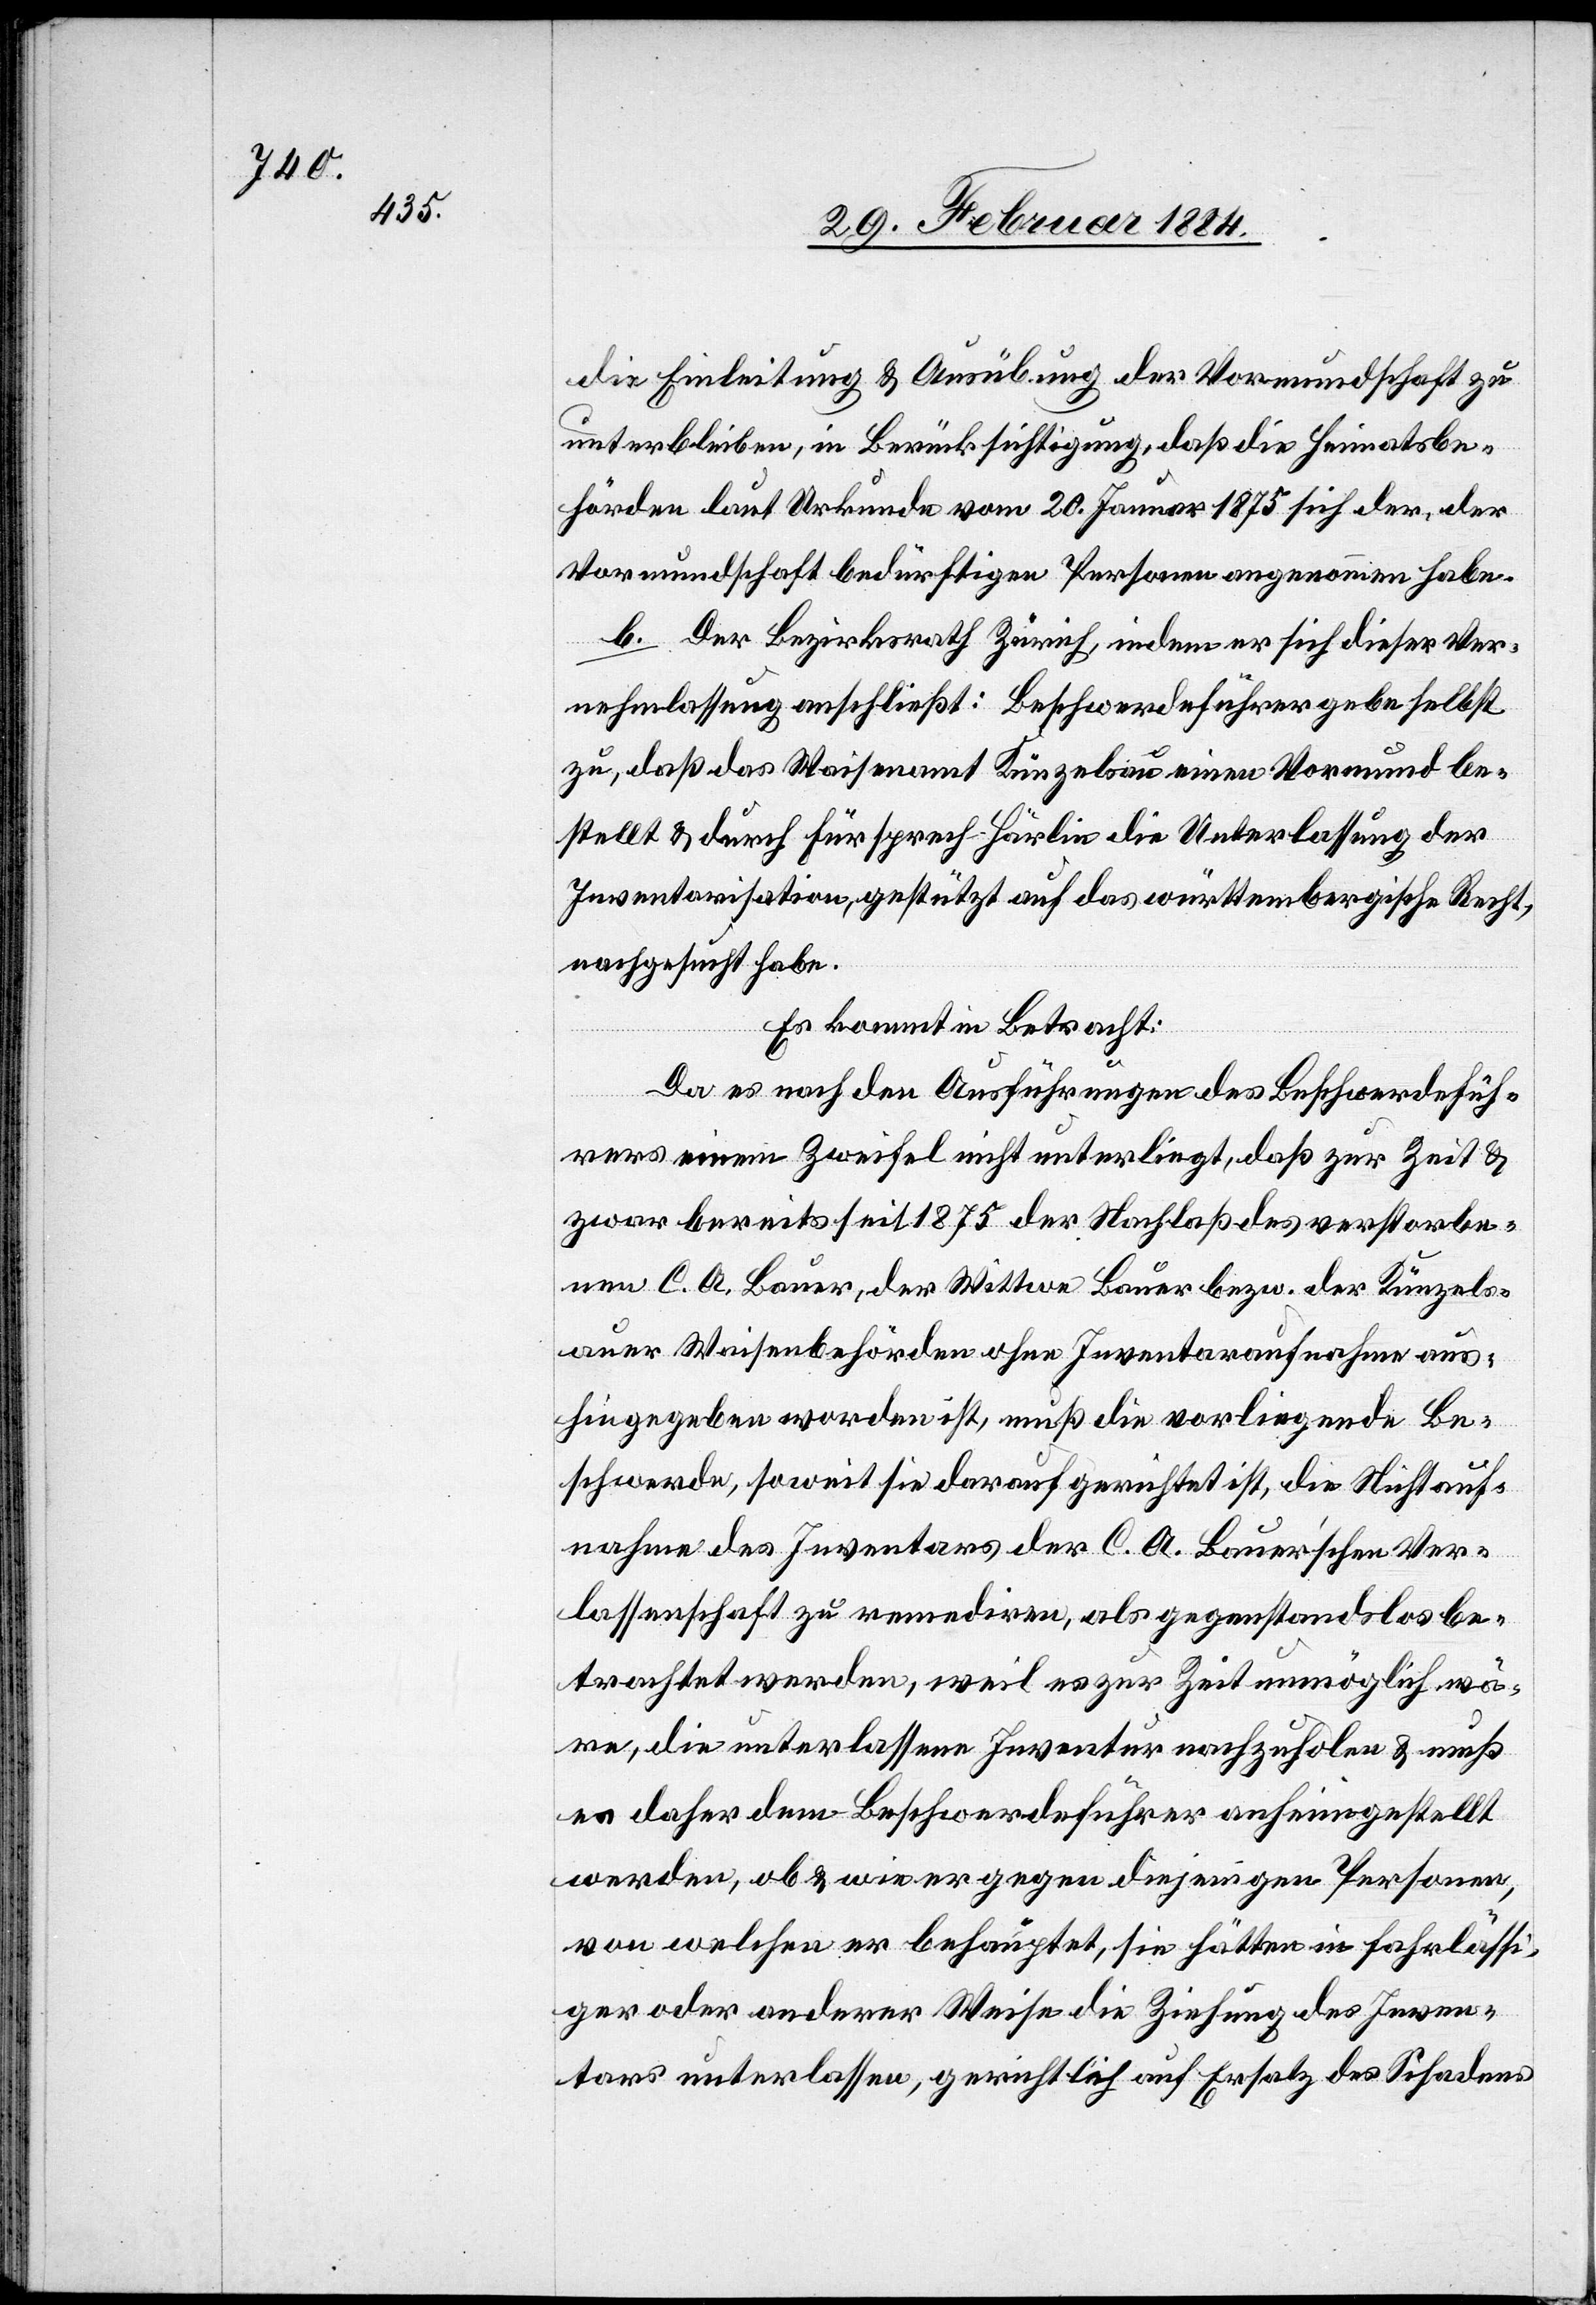
die Einleitung & Ausübung der Vormundschaft zu
unterbleiben, in Berücksichtigung, daß die Heimatsbe¬
hörden laut Urkunde vom 20. Januar 1875 sich der, der
Vormundschaft bedürftigen Personen angenommen haben.
b. Der Bezirksrath Zürich, indem er sich dieser Ver¬
nehmlassung anschließt: Beschwerdeführer gebe selbst
zu, daß das Waisenamt Künzelsau einen Vormund be¬
stellt & durch Fürsprech Härlin die Unterlassung der
Inventarisation gestützt auf das württembergische Recht,
nachgesucht habe.
Es kommt in Betracht:
Da es nach den Ausführungen des Beschwerdefüh¬
rers einem Zweifel nicht unterliegt, daß zur Zeit &
zwar bereits seit 1875 der Nachlaß des verstorbe¬
nen C. A. Bauer, der Wittwe Bauer bzw. der Künzels¬
auer Waisenbehörden ohne Inventaraufnahmen aus¬
hingegeben worden ist, muß die vorliegende Be¬
schwerde, soweit sie darauf gerichtet ist, die Nichtauf¬
nahme des Inventars der C. A. Bauer’ schen Ver¬
lassenschaft zu remediren, als gegenstandslos be¬
trachtet werden, weil es zur Zeit unmöglich wä¬
re, die unterlassene Inventur nachzuholen & muß
es daher dem Beschwerdeführer anhingestellt
werden, ob & wie er gegen diejenigen Personen,
von welchen er behauptet, sie hätten in fahrlässi¬
ger oder anderer Weise die Ziehung des Inven¬
tars unterlassen, gerichtlich auf Ersatz des Schadens